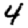
Digit: 4